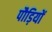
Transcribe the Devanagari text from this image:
पौड़ियों